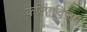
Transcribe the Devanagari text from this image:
कलिंगविजय